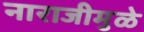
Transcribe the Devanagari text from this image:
नाराजीमुळे